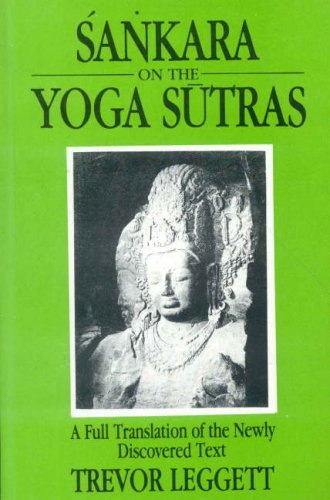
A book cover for Sankara on the Yoga Sutras: A Full Translation of the Newly Discovered Text; Trevor Leggett; Religion & Spirituality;